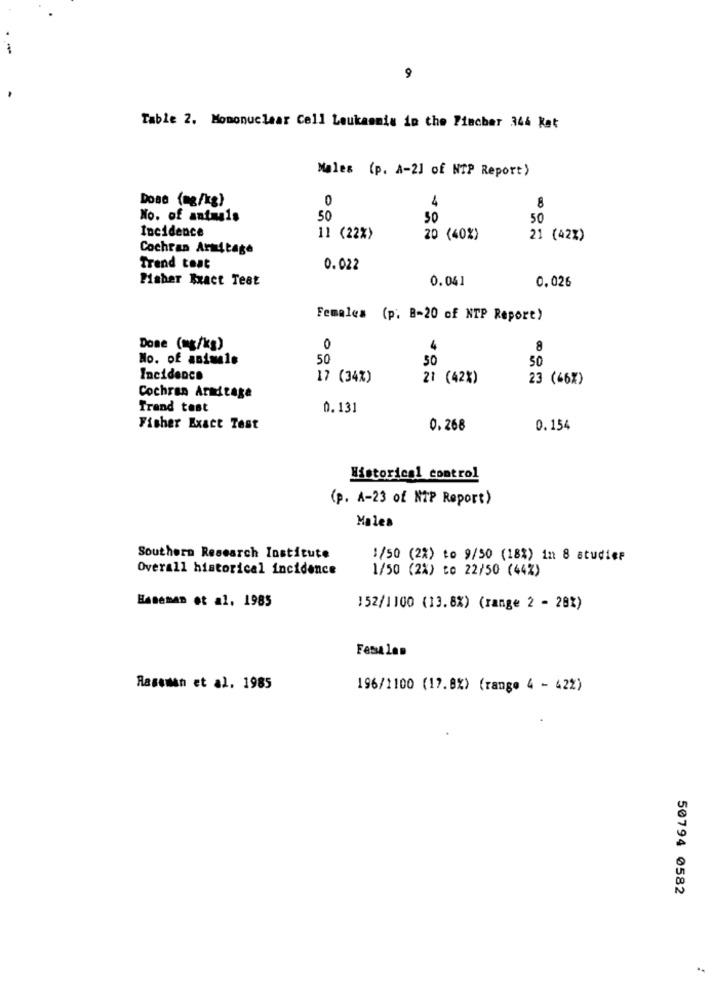
9
Table 2. Mononuclear Cell Leukaemia in the Pincher 344 ket
Males (p. A-2] of NTP Report)
Dose (mg/kg)
0
4
No. of animals
50
50
50
Incidence
11 (22%)
20 (40%)
21 (42%)
Cochran Armitage
Trend teat
0.022
Pisher Exact Test
0.041
0.026
Females (p. B-20 of NTP Report)
Done (mg/kg)
0
4
8
No. of animals
50
50
50
Incidence
17 (34%)
21 (42%)
23 (66%)
Cochran Armitage
Trand test
0.131
Fisher Exact Test
0.268
0.154
Historical control
(p. A-23 of NIP Report)
Males
Southern Research Institute
1/50 (2%) to 9/50 (18%) in 8 studier
Overall historical incidence
1/50 (2%) to 22/50 (44%)
Haseman et al. 1985
152/1100 (13.8%) (range 2 - 28%)
Fetsalan
Raseman et al. 1985
196/1100 (17,8%) (range 4 - 42%)
50794 0582